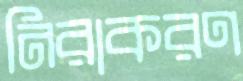
নিরাকরণ